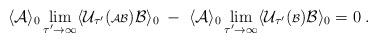
LaTeX: \begin{align*}\langle {\cal A} \rangle_0 \lim_{\tau^\prime \rightarrow \infty}\langle {\cal U}_{\tau^\prime} ( {\scriptstyle {\cal AB}}){\cal B} \rangle_0 \; - \; \langle {\cal A} \rangle_0\lim_{\tau^\prime \rightarrow \infty}\langle {\cal U}_{\tau^\prime} ( {\scriptstyle {\cal B}}){\cal B} \rangle_0 = 0 \; .\end{align*}